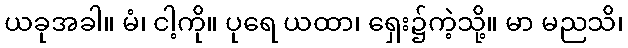
ယခုအခါ။ မံ၊ ငါ့ကို။ ပုရေ ယထာ၊ ရှေး၌ကဲ့သို့။ မာ မညသိ၊